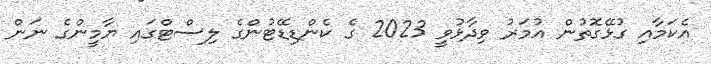
އެކަމާއި ގުޅޭގޮތުން އުމަރު ވިދާޅުވީ 2023 ގެ ކެންޑިޑޭޓުންގެ ލިސްޓްގައި ޔާމީންގެ ނަން